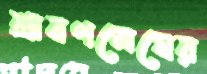
শ্রাবণমেঘের